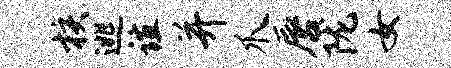
核逃谊并爪唇陇女